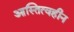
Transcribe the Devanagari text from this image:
आस्तित्वहीन